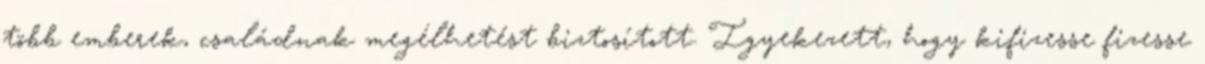
több emberek, családnak megélhetést biztosított. Igyekezett, hogy kifizesse fizesse